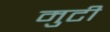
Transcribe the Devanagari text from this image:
मुटी